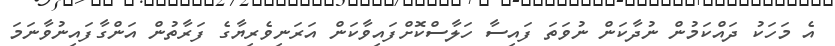
އެ މަހަކު ދައްކަމުން ނުދާކަން ނުވަތަ ފައިސާ ހަލާސްކޮށްފައިވާކަން އަރަނިވެރިޔާގެ ފަރާތުން އަންގާފައިނުވާނަމަ